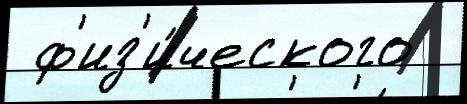
 ф'из'и́ческого